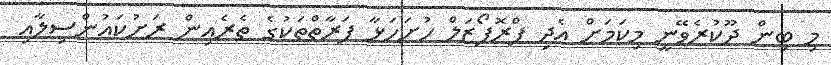
މި ބިން ދޫކުރެވޭނީ މިކަމަށް އެދި ޕްރޮޕޯޒަލް ހުށަހަޅާ ފަރާތްތަކުގެ ތެރެއިން ރަށުކައުންސިލާއި